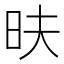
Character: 㫙